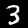
Label: 3